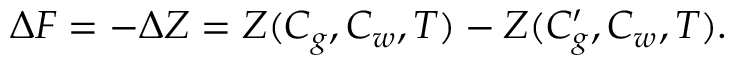
\Delta F = - \Delta Z = Z ( C _ { g } , C _ { w } , T ) - Z ( C _ { g } ^ { \prime } , C _ { w } , T ) .